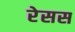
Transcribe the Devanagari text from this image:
रेसस